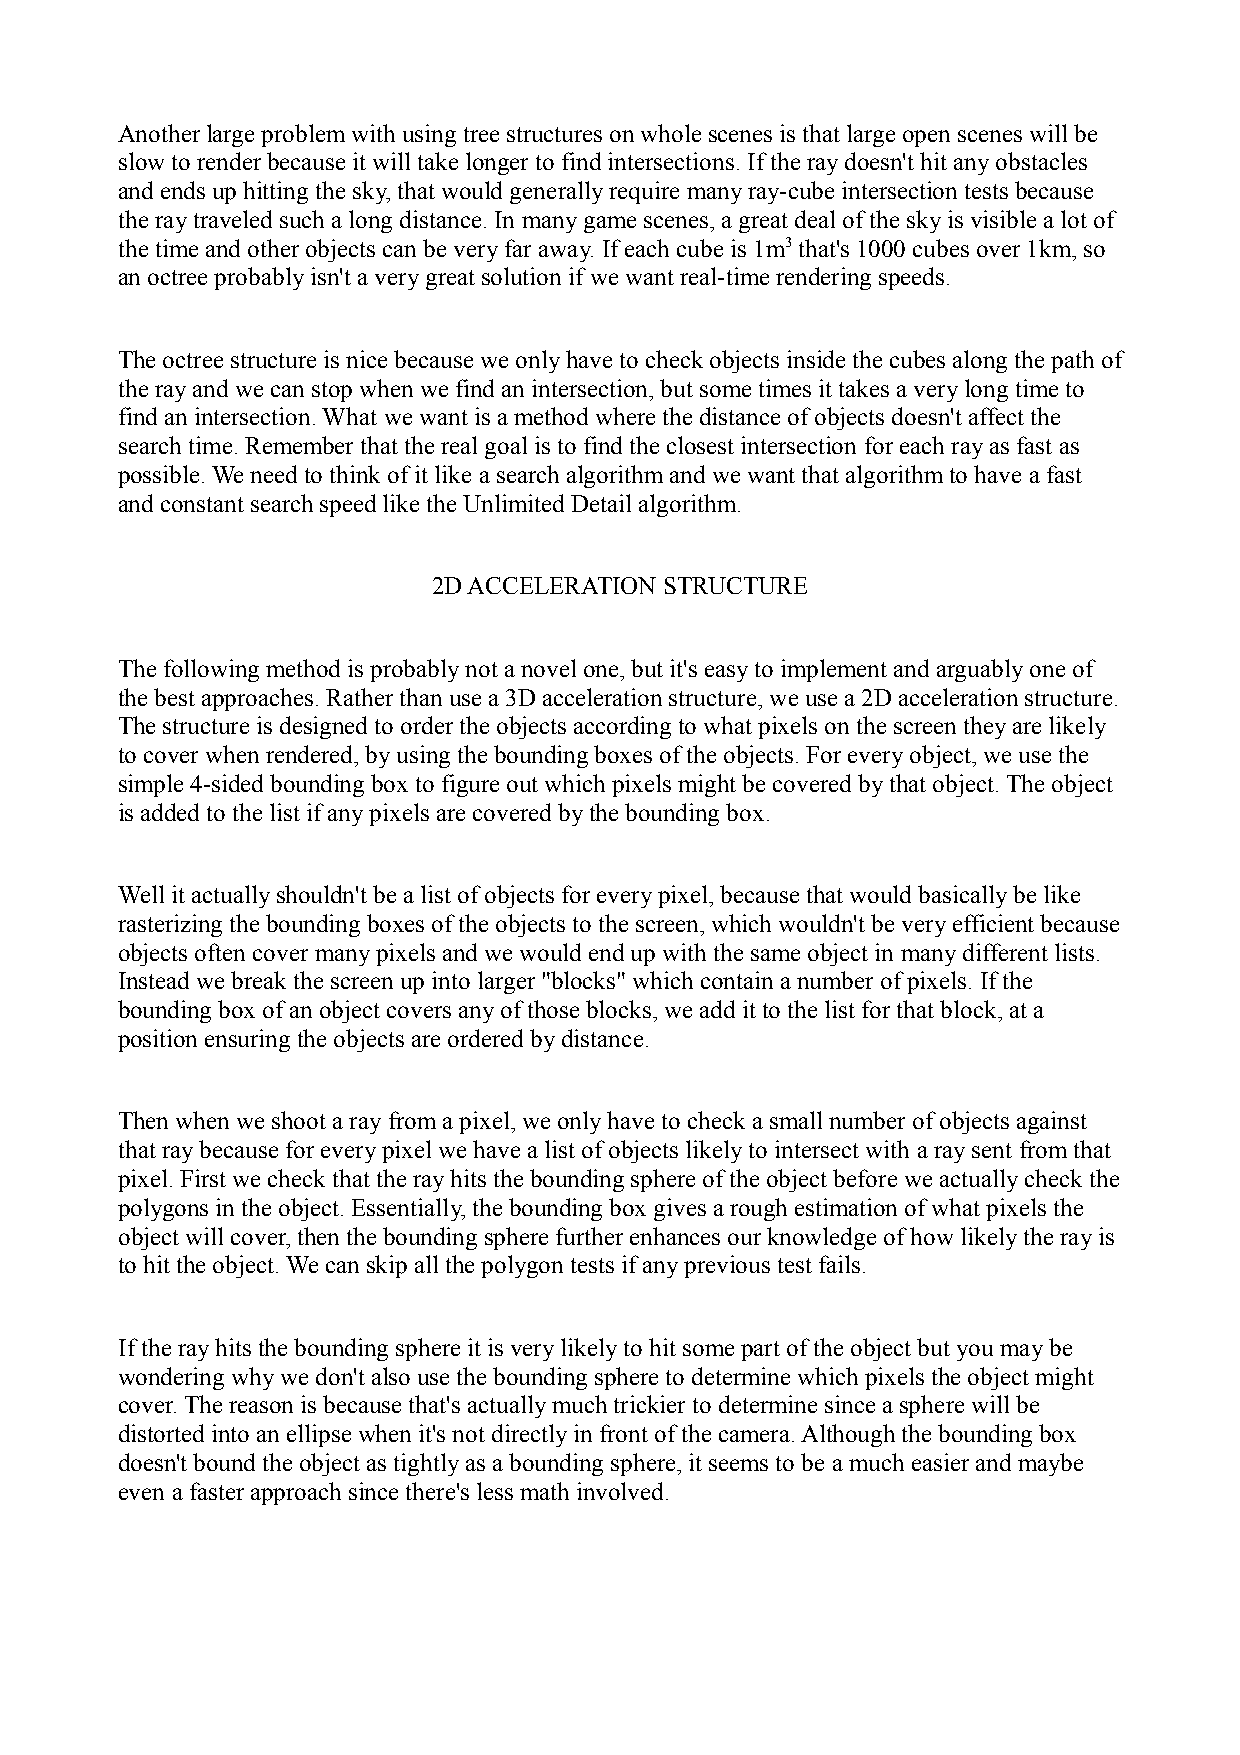
Another large problem with using tree structures on whole scenes is that large open scenes will be
 slow to render because it will take longer to find intersections. If the ray doesn't hit any obstacles
 and ends up hitting the sky, that would generally require many ray-cube intersection tests because
 the ray traveled such a long distance. In many game scenes, a great deal of the sky is visible a lot of
 the time and other objects can be very far away. If each cube is 1m3 that's 1000 cubes over 1km, so
 an octree probably isn't a very great solution if we want real-time rendering speeds.
 The octree structure is nice because we only have to check objects inside the cubes along the path of
 the ray and we can stop when we find an intersection, but some times it takes a very long time to
 find an intersection. What we want is a method where the distance of objects doesn't affect the
 search time. Remember that the real goal is to find the closest intersection for each ray as fast as
 possible. We need to think of it like a search algorithm and we want that algorithm to have a fast
 and constant search speed like the Unlimited Detail algorithm.
 2D ACCELERATION STRUCTURE
 The following method is probably not a novel one, but it's easy to implement and arguably one of
 the best approaches. Rather than use a 3D acceleration structure, we use a 2D acceleration structure.
 The structure is designed to order the objects according to what pixels on the screen they are likely
 to cover when rendered, by using the bounding boxes of the objects. For every object, we use the
 simple 4-sided bounding box to figure out which pixels might be covered by that object. The object
 is added to the list if any pixels are covered by the bounding box.
 Well it actually shouldn't be a list of objects for every pixel, because that would basically be like
 rasterizing the bounding boxes of the objects to the screen, which wouldn't be very efficient because
 objects often cover many pixels and we would end up with the same object in many different lists.
 Instead we break the screen up into larger "blocks" which contain a number of pixels. If the
 bounding box of an object covers any of those blocks, we add it to the list for that block, at a
 position ensuring the objects are ordered by distance.
 Then when we shoot a ray from a pixel, we only have to check a small number of objects against
 that ray because for every pixel we have a list of objects likely to intersect with a ray sent from that
 pixel. First we check that the ray hits the bounding sphere of the object before we actually check the
 polygons in the object. Essentially, the bounding box gives a rough estimation of what pixels the
 object will cover, then the bounding sphere further enhances our knowledge of how likely the ray is
 to hit the object. We can skip all the polygon tests if any previous test fails.
 If the ray hits the bounding sphere it is very likely to hit some part of the object but you may be
 wondering why we don't also use the bounding sphere to determine which pixels the object might
 cover. The reason is because that's actually much trickier to determine since a sphere will be
 distorted into an ellipse when it's not directly in front of the camera. Although the bounding box
 doesn't bound the object as tightly as a bounding sphere, it seems to be a much easier and maybe
 even a faster approach since there's less math involved.